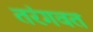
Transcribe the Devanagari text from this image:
तरंगवत